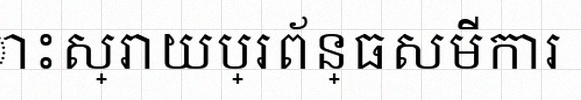
ដោះស្រាយប្រព័ន្ធសមីការ